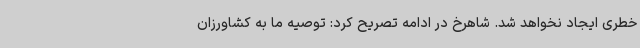
خطری ایجاد نخواهد شد. شاهرخ در ادامه تصریح کرد: توصیه ما به کشاورزان